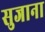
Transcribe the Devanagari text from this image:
सुजाना